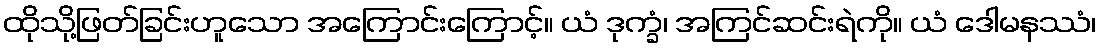
ထိုသို့ဖြတ်ခြင်းဟူသော အကြောင်းကြောင့်။ ယံ ဒုက္ခံ၊ အကြင်ဆင်းရဲကို။ ယံ ဒေါမနဿံ၊